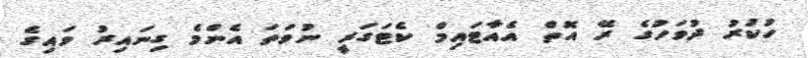
ހުކުރު ދުވަހުގެ ރޭ އޮތް އެއާޓައިމް ކެޓަގަރީ ނުވަތަ އެންމެ ގިނައިރު ވައިގެ